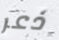
ذعر